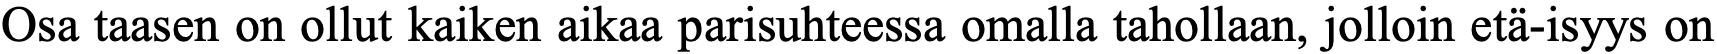
Osa taasen on ollut kaiken aikaa parisuhteessa omalla tahollaan, jolloin etä-isyys on